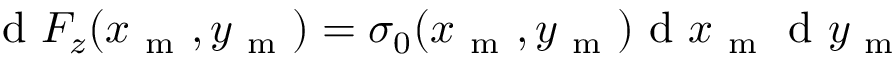
\mathrm { ~ d ~ } F _ { z } ( x _ { \mathrm { ~ m ~ } } , y _ { \mathrm { ~ m ~ } } ) = \sigma _ { 0 } ( x _ { \mathrm { ~ m ~ } } , y _ { \mathrm { ~ m ~ } } ) \mathrm { ~ d ~ } x _ { \mathrm { ~ m ~ } } \mathrm { ~ d ~ } y _ { \mathrm { ~ m ~ } }